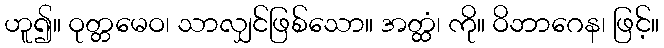
ဟူ၍။ ဝုတ္တမေဝ၊ သာလျှင်ဖြစ်သော။ အတ္ထံ၊ ကို။ ဝိဘာဂေန၊ ဖြင့်။